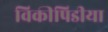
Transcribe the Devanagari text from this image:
विकीपिडीया